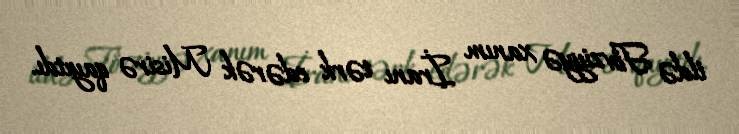
ildə Fövziyyə xanım İranı tərk edərək Misirə qayıtdı.